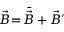
\vec { B } \! = \! \bar { \vec { B } } + \vec { B } ^ { \prime }